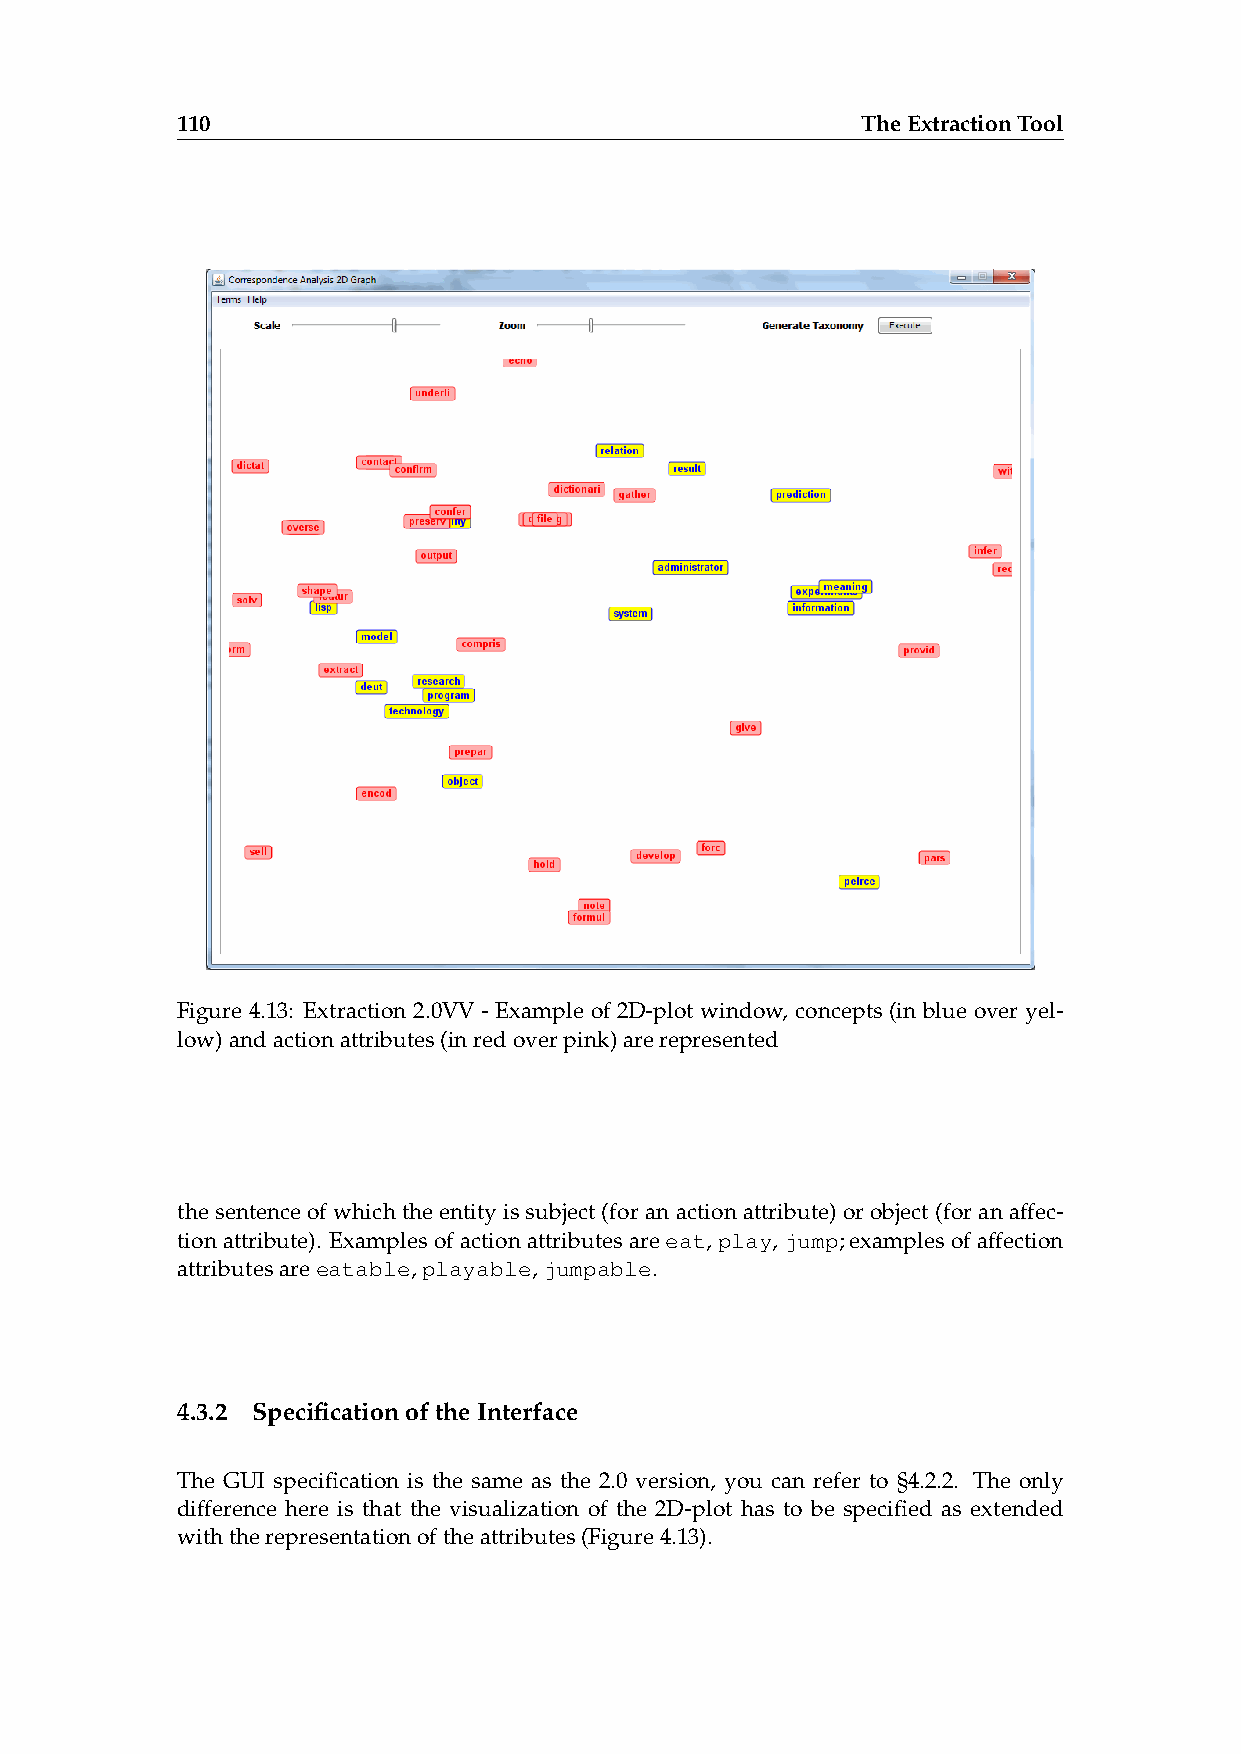
110                                          TheExtractionTool
 Figure 4.13: Extraction 2.0VV - Example of 2D-plot window, concepts (in blue over yel-
 low)andactionattributes(inredoverpink)arerepresented
 thesentenceofwhichtheentityissubject(foranactionattribute)orobject(foranaffec-
 tionattribute). Examplesofactionattributesareeat,play,jump;examplesofaffection
 attributesareeatable,playable,jumpable.
 4.3.2 SpecificationoftheInterface
 The GUI specification is the same as the 2.0 version, you can refer to §4.2.2. The only
 difference here is that the visualization of the 2D-plot has to be specified as extended
 withtherepresentationoftheattributes(Figure4.13).